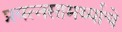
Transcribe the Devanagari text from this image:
प्रयत्‍नसामर्थ्याचे